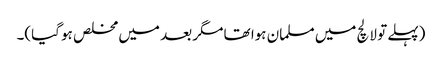
(پہلے تو لالچ میں مسلمان ہوا تھا مگر بعد میں مخلص ہو گیا)۔